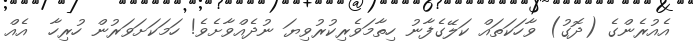
އެއުރެންގެ (ދޮގު) ވާހަކަތައް ކަލޭގެފާނު ހިތާމަވެރިކުރުވިޔަ ނުދެއްވާށެވެ! ހަމަކަށަވަރުން ހުރިހާ  އެއް